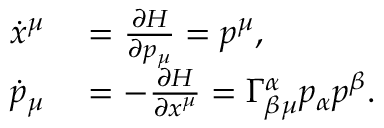
\begin{array} { r l } { \dot { x } ^ { \mu } } & { { } = \frac { \partial H } { \partial p _ { \mu } } = p ^ { \mu } , } \\ { \dot { p } _ { \mu } } & { { } = - \frac { \partial H } { \partial x ^ { \mu } } = \Gamma _ { \beta \mu } ^ { \alpha } p _ { \alpha } p ^ { \beta } . } \end{array}